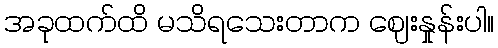
အခုထက်ထိ မသိရသေးတာက ဈေးနှုန်းပါ။